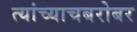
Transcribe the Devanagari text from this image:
त्यांच्याचबरोबर